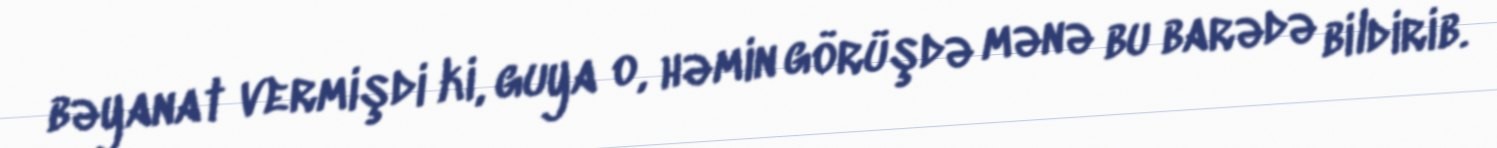
bəyanat vermişdi ki, guya o, həmin görüşdə mənə bu barədə bildirib.